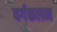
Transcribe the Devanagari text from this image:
वर्गकलन